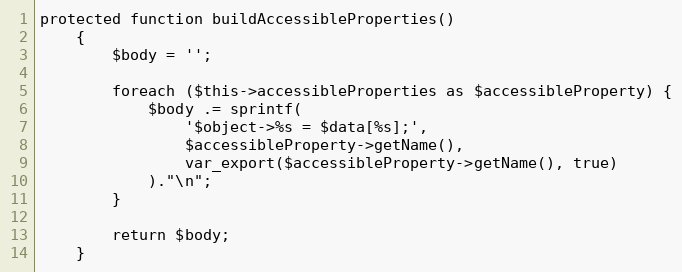
Language: PHP
protected function buildAccessibleProperties()
    {
        $body = '';

        foreach ($this->accessibleProperties as $accessibleProperty) {
            $body .= sprintf(
                '$object->%s = $data[%s];',
                $accessibleProperty->getName(),
                var_export($accessibleProperty->getName(), true)
            )."\n";
        }

        return $body;
    }